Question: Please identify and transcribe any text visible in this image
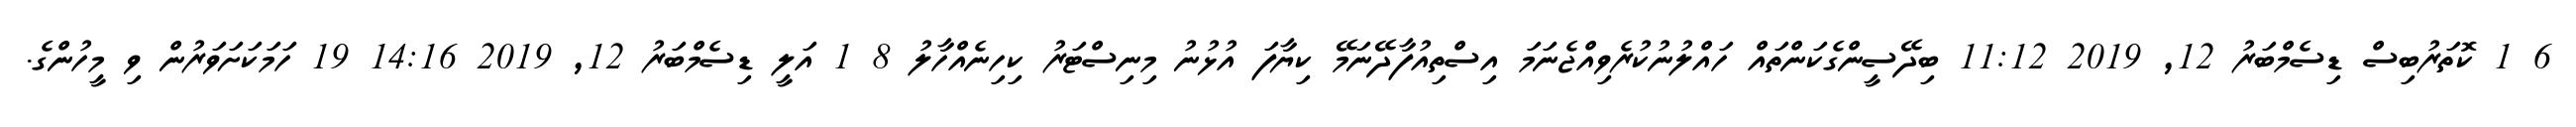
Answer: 6 1 ކޮތަރުބިސް ޑިސެމްބަރު 12, 2019 11:12 ބިދޭސީންގެކަންތައް ހައްލުނުކުރެވިއްޖެނަމަ އިސްތިއުފާދޭނަމޭ ކިޔާފަ އުޅުނު މިނިސްޓަރު ކިހިނެއްހާލު 8 1 އަލީ ޑިސެމްބަރު 12, 2019 14:16 19 ހަމަކަށަވަރުން ވި މީހުންގެ.